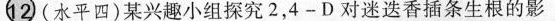
12 (水平四)某兴趣小组探究2，4-D对迷迭香插条生根的影